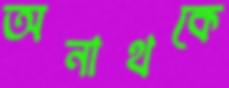
অনাথকে